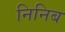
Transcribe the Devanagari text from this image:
निनिब